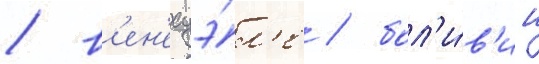
/ в'ен'есуэ́л'е / бол'и́в'ии